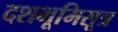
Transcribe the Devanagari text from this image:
दशभूमिसूत्र